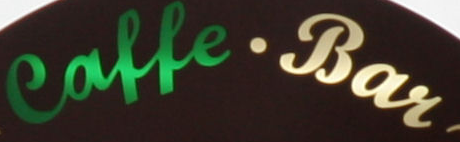
Caffe.Bar